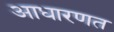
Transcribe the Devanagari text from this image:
आधारणत